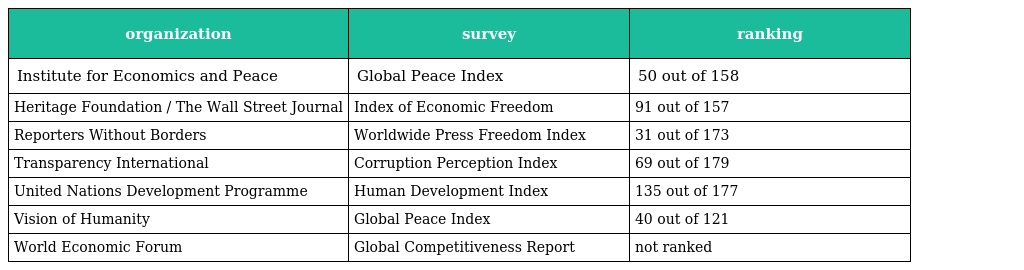
| organization | survey | ranking |
 | --- | --- | --- |
 | Institute for Economics and Peace | Global Peace Index | 50 out of 158 |
 | Heritage Foundation / The Wall Street Journal | Index of Economic Freedom | 91 out of 157 |
 | Reporters Without Borders | Worldwide Press Freedom Index | 31 out of 173 |
 | Transparency International | Corruption Perception Index | 69 out of 179 |
 | United Nations Development Programme | Human Development Index | 135 out of 177 |
 | Vision of Humanity | Global Peace Index | 40 out of 121 |
 | World Economic Forum | Global Competitiveness Report | not ranked |